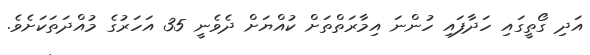
އަދި ގޯތީގައި ހަދާފައި ހުންނަ އިމާރަތްތަށް ކުއްޔަށް ދެވެނީ 35 އަހަރުގެ މުއްދަތަކަށެވެ.